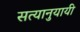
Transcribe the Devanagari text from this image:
सत्यानुयायी